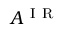
A ^ { \mathrm { ~ I ~ R ~ } }